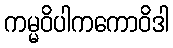
ကမ္မဝိပါကကောဝိဒါ